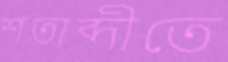
শতাব্দীতে